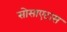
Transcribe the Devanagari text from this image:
सोसाएटास